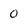
Character: 0